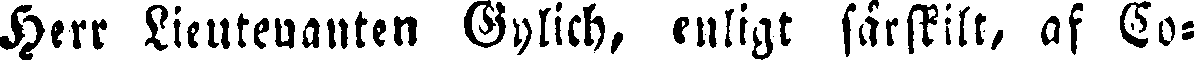
Herr Lieutenanten Gylich, enligt särskilt, af Co-